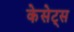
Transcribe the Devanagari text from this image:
केसेट्स